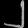
Digit: ၂